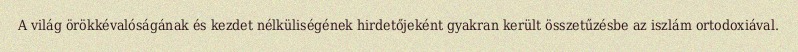
A világ örökkévalóságának és kezdet nélküliségének hirdetőjeként gyakran került összetűzésbe az iszlám ortodoxiával.